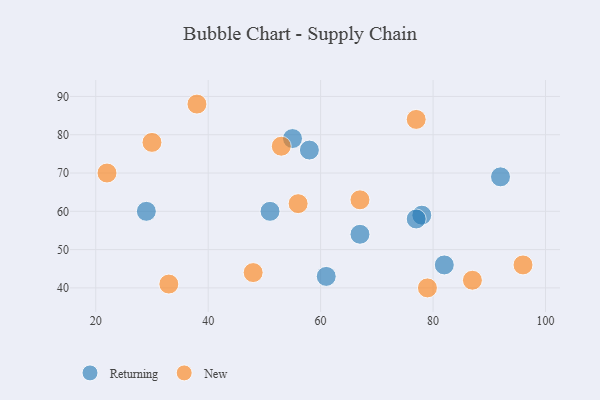
{"axis": {"x": "GDP", "y": "Life Expectancy"}, "legend": ["New", "Returning"], "data": [{"x": "51", "y": 60, "type": "Returning"}, {"x": "67", "y": 54, "type": "Returning"}, {"x": "82", "y": 46, "type": "Returning"}, {"x": "58", "y": 76, "type": "Returning"}, {"x": "61", "y": 43, "type": "Returning"}, {"x": "78", "y": 59, "type": "Returning"}, {"x": "92", "y": 69, "type": "Returning"}, {"x": "55", "y": 79, "type": "Returning"}, {"x": "29", "y": 60, "type": "Returning"}, {"x": "77", "y": 58, "type": "Returning"}, {"x": "48", "y": 44, "type": "New"}, {"x": "53", "y": 77, "type": "New"}, {"x": "30", "y": 78, "type": "New"}, {"x": "33", "y": 41, "type": "New"}, {"x": "38", "y": 88, "type": "New"}, {"x": "22", "y": 70, "type": "New"}, {"x": "56", "y": 62, "type": "New"}, {"x": "79", "y": 40, "type": "New"}, {"x": "77", "y": 84, "type": "New"}, {"x": "67", "y": 63, "type": "New"}, {"x": "96", "y": 46, "type": "New"}, {"x": "87", "y": 42, "type": "New"}]}